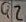
Text: Q2